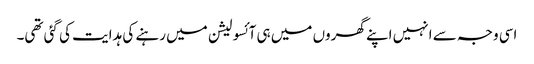
اسی وجہ سے انہیں اپنے گھروں میں ہی آئسولیشن میں رہنے کی ہدایت کی گئی تھی۔